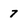
Character: 7